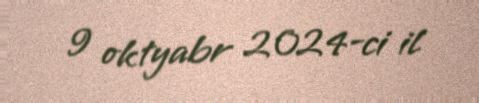
9 oktyabr 2024-ci il